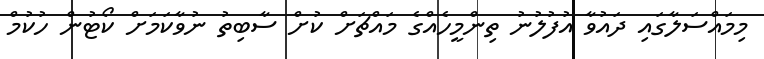
މިމައްސަލާގައި ދައުވާ އުފުލުނު ތިންމީހެއްގެ މައްޗަށް ކުށް ސާބިތު ނުވާކަމަށް ކޯޓުން ހުކުމް